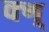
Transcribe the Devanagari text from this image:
क्ग्र्